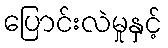
ပြောင်းလဲမှုနှင့်